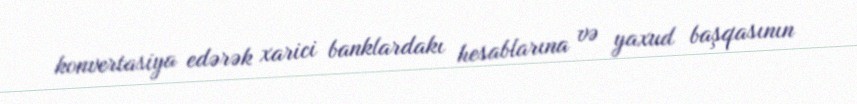
konvertasiya edərək xarici banklardakı hesablarına və yaxud başqasının